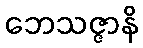
ဘေသဇ္ဇာနိ